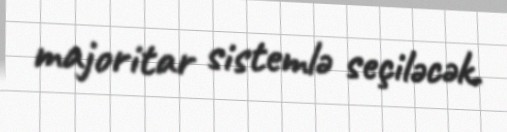
majoritar sistemlə seçiləcək.